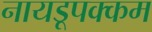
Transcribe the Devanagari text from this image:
नायडूपक्कम